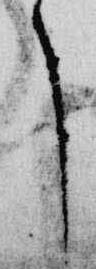
了